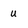
Character: u